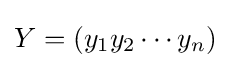
Y=(y_{1}y_{2}\cdots y_{n})